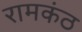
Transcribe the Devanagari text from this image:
रामकंठ